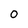
Character: O